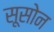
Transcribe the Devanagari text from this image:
सूसोन